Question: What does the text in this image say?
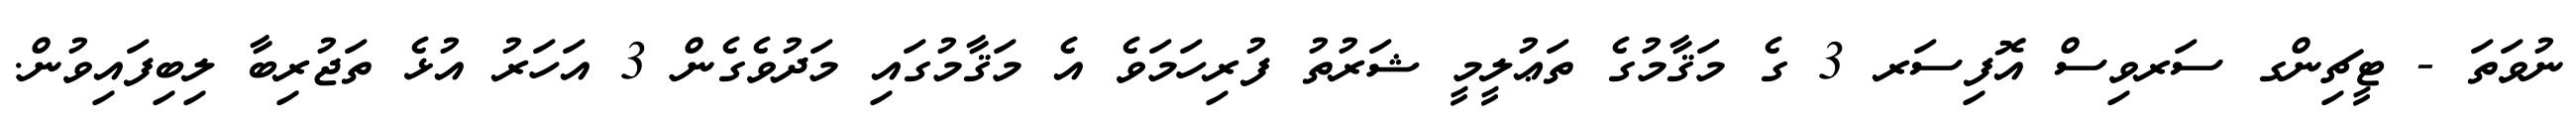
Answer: ނުވަތަ - ޓީޗިންގ ސަރވިސް އޮފިސަރ 3 ގެ މަޤާމުގެ ތަޢުލީމީ ޝަރުތު ފުރިހަމަވެ އެ މަޤާމުގައި މަދުވެގެން 3 އަހަރު އުޅެ ތަޖުރިބާ ލިބިފައިވުން.